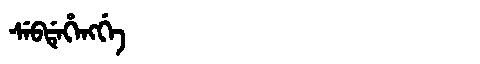
Manchu: ᠰᡝᠪᡩᡝᡥᡝᠩᡤᡝ
Romanization: SEBDEHENGGE